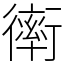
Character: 𧗿